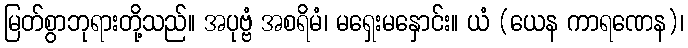
မြတ်စွာဘုရားတို့သည်။ အပုဗ္ဗံ အစရိမံ၊ မရှေးမနှောင်း။ ယံ (ယေန ကာရဏေန)၊